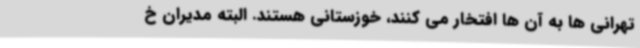
تهرانی ها به آن ها افتخار می کنند، خوزستانی هستند. البته مدیران خ